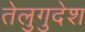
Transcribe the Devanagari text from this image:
तेलुगुदेश